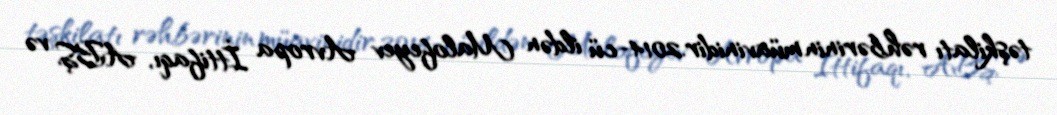
təşkilatı rəhbərinin müavinidir.2014-cü ildən Malofeyev Avropa İttifaqı, ABŞ və